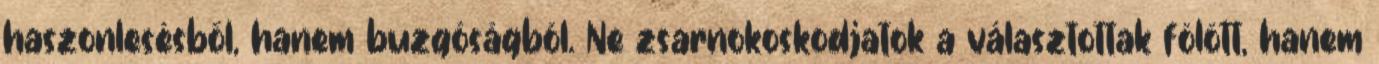
haszonlesésből, hanem buzgóságból. Ne zsarnokoskodjatok a választottak fölött, hanem